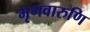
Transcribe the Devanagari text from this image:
भृगवारुणि